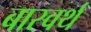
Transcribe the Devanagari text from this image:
बास्वर्थ